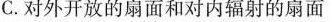
C.对外开放的扇面和对内辐射的扇面